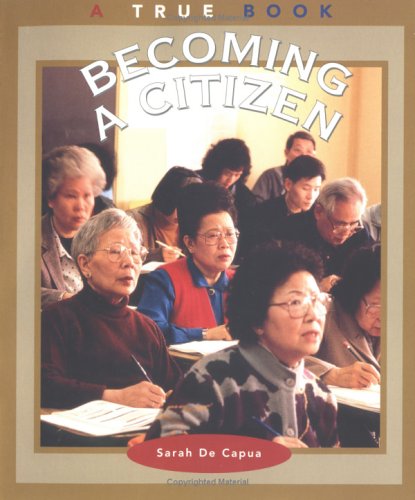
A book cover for Becoming a Citizen (True Books: Civics); Sarah De Capua; Children's Books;